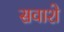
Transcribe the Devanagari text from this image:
सवाशे